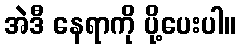
အဲဒီ နေရာကို ပို့ပေးပါ။